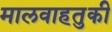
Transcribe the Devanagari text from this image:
मालवाहतुकी